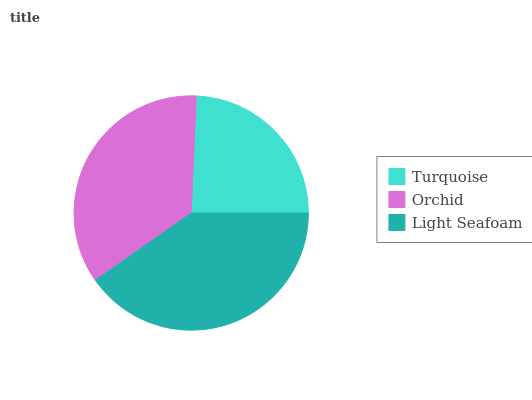
| Turquoise | Orchid | Light Seafoam |
 | --- | --- | --- |
 | 24.3% | 35.5% | 40.2% |